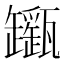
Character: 𤮬